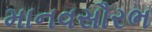
માનવસૌરભ